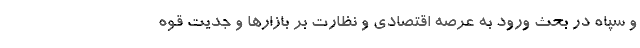
و سپاه در بحث ورود به عرصه اقتصادی و نظارت بر بازارها و جدیت قوه